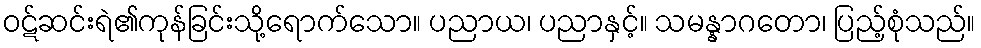
ဝဋ်ဆင်းရဲ၏ကုန်ခြင်းသို့ရောက်သော။ ပညာယ၊ ပညာနှင့်။ သမန္နာဂတော၊ ပြည့်စုံသည်။